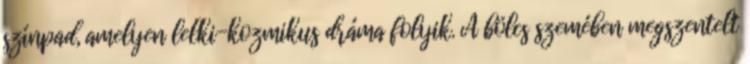
színpad, amelyen lelki-kozmikus dráma folyik. A bölcs szemében megszentelt